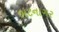
ભટનાગર